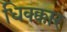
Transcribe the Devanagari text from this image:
धिक्क्कार